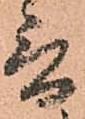
言